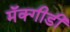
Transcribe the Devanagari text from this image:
मॅक्गीडी